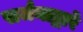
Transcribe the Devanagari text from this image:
सर्जनाद्वारे